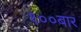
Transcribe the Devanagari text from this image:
१००बार